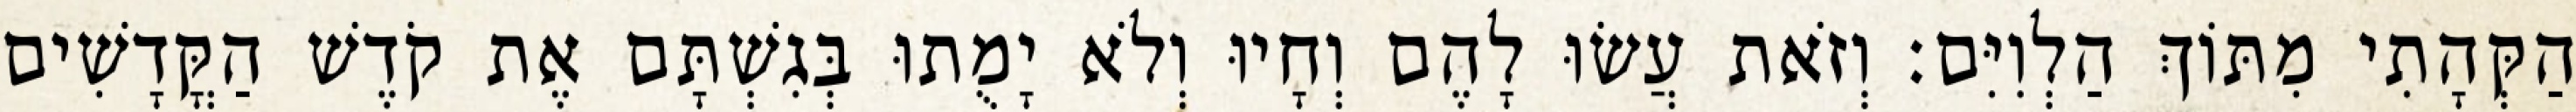
הַקְּהָתִי מִתּוֹךְ הַלְוִיִּם׃ וְזֹאת עֲשׂוּ לָהֶם וְחָיוּ וְלֹא יָמֻתוּ בְּגִשְׁתָּם אֶת קֹדֶשׁ הַקֳּדָשִׁים